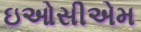
ઇઓસીએમ